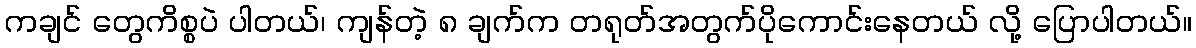
ကချင် တွေကိစ္စပဲ ပါတယ်၊ ကျန်တဲ့ ၈ ချက်က တရုတ်အတွက်ပိုကောင်းနေတယ် လို့ ပြောပါတယ်။